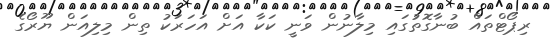
ރިޕޯޓްތައް ބުނާގޮތުގައި މިލާނުން ވަނީ ކަކާ އަށް އަހަރަކު ތިން މިލިއަން ޔޫރޯގެ